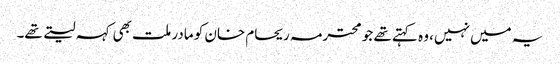
یہ میں نہیں، وہ کہتے تھے جو محترمہ ریحام خان کو مادر ملت بھی کہہ لیتے تھے۔